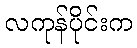
လကုန်ပိုင်းက